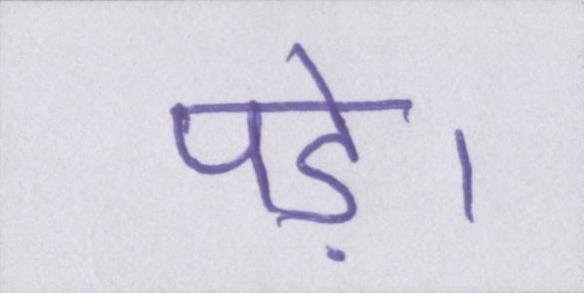
पड़े।